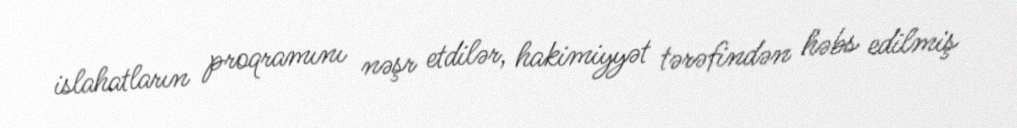
islahatların proqramını nəşr etdilər, hakimiyyət tərəfindən həbs edilmiş